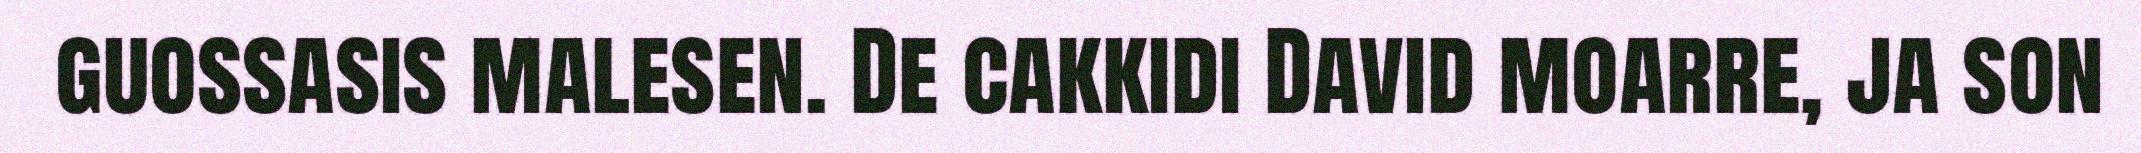
guossasis malesen. De cakkidi David moarre, ja son